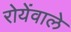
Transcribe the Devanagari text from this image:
रोयेंवाले